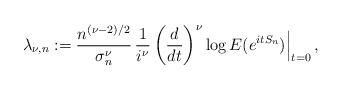
LaTeX: \begin{align*} \lambda_{\nu,n} := \frac{n^{(\nu-2)/2}}{\sigma_n^\nu} \, \frac{1}{i^\nu} \left( \frac{d}{dt}\right)^\nu \log E(e^{itS_n})\Big|_{t=0}\, ,\end{align*}